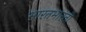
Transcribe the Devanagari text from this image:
भारतभारती